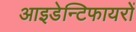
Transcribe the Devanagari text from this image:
आइडेन्टिफायरों